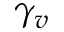
\gamma _ { v }